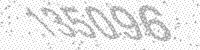
Solution: 135096